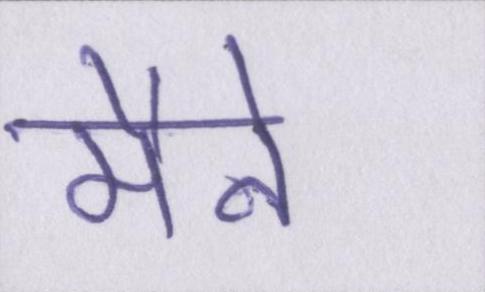
मैने